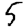
Digit: 5